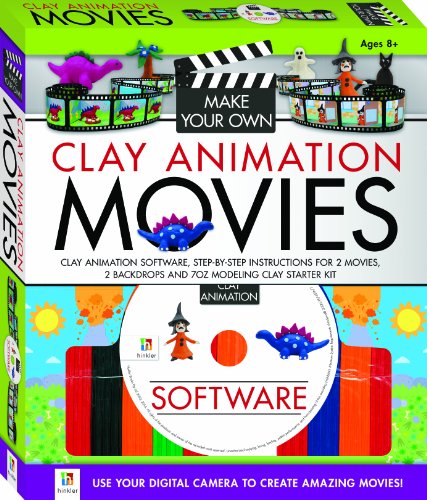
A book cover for Make Your Own Clay Animation Movies Kit; Hinkler; Crafts, Hobbies & Home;